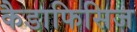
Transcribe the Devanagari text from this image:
कैडाफिसिज